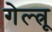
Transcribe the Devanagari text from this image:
गेल्त्रू